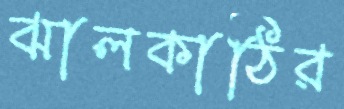
ঝালকাঠির